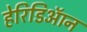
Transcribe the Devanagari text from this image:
हेरिडिऑन